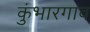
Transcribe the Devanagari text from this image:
कुंभारगाव